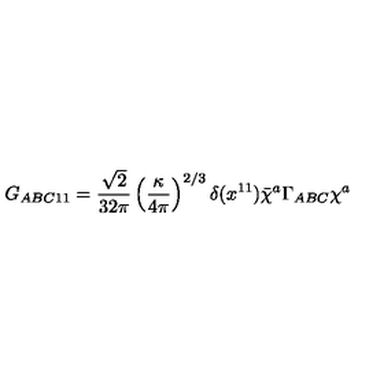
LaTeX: G _ { A B C 1 1 } = \frac { \sqrt { 2 } } { 3 2 \pi } \left( \frac { \kappa } { 4 \pi } \right) ^ { 2 / 3 } \delta ( x ^ { 1 1 } ) \bar { \chi } ^ { a } \Gamma _ { A B C } \chi ^ { a }